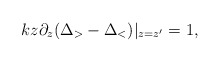
\begin{align*}kz \partial_z (\Delta_> - \Delta_<)|_{z=z'} =1,\end{align*}